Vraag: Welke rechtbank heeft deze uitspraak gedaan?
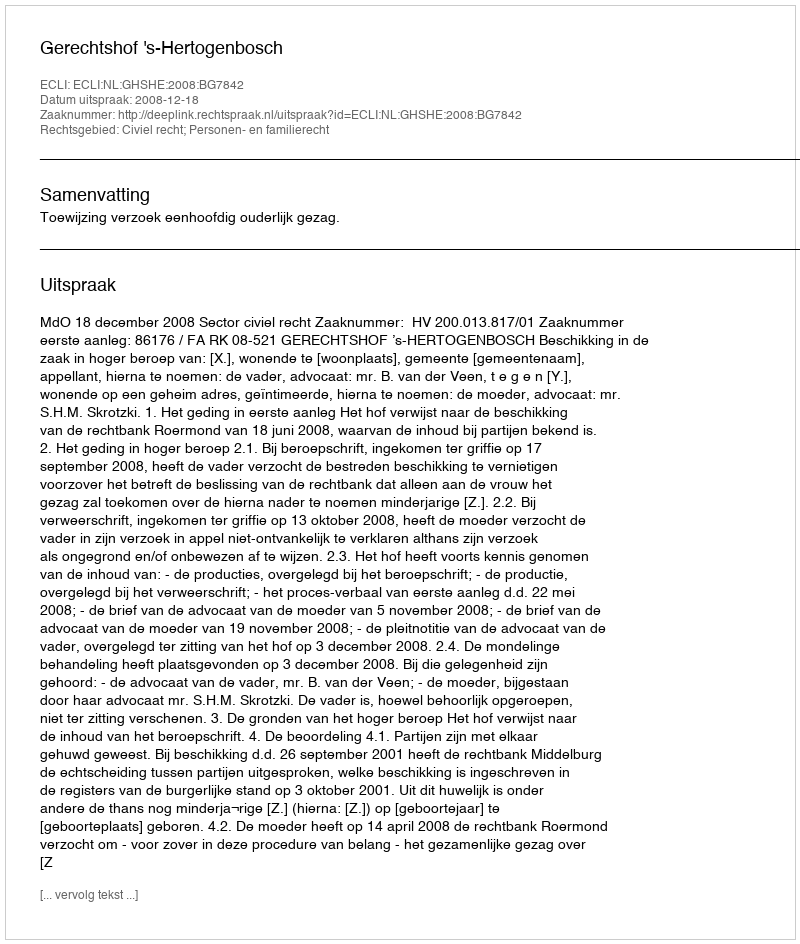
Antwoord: Gerechtshof 's-Hertogenbosch